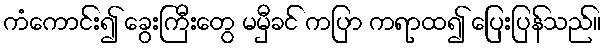
ကံကောင်း၍ ခွေးကြီးတွေ မမှီခင် ကပြာ ကရာထ၍ ပြေးပြန်သည်။